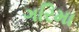
ગરિમા